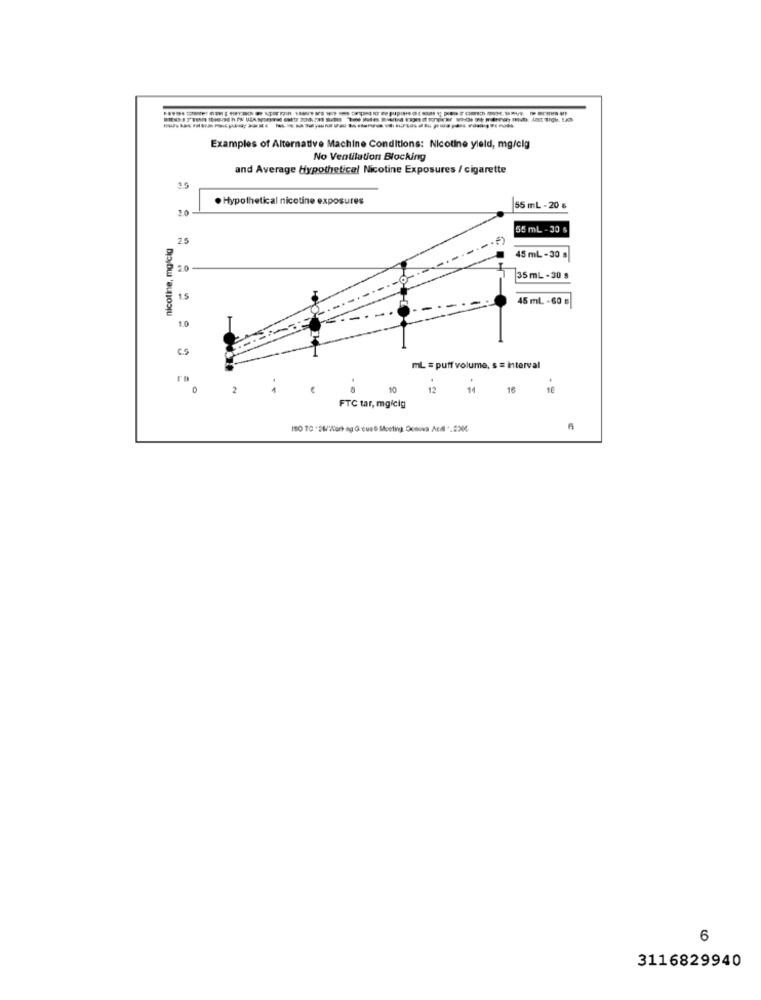
Examples of Alternative Machine Conditions: Nicotine yield, mg/clg
No Ventilation Blocking
and Average Hypothetical Nicotine Exposures / cigarette
. Hypothetical nicotine exposures
10
55 mL -20 s
55 mL -30 s
nicotine, ma cia
25
45 mL - 30 g
2.0
35 mL - 30 g
15
45 mL -60
C.S
mL = puff volume, s = interval
2
..
10
12
14
16
10
FTC tar, mgiclg
ISO TO *26/2ar) ag Geust Meeting Dosova Acdl'.8X4
6
3116829940